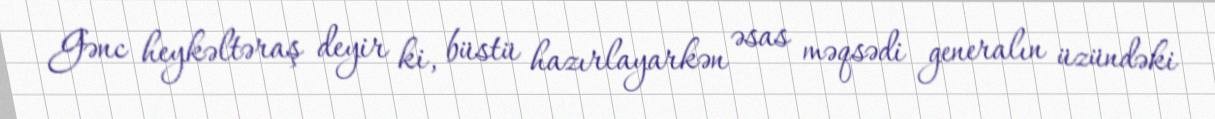
Gənc heykəltəraş deyir ki, büstü hazırlayarkən əsas məqsədi generalın üzündəki